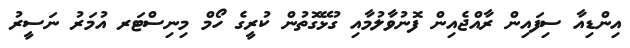
އިންޑިއާ ސިފައިން ރާއްޖެއިން ފޮނުވާލުމާއި ގުޅޭގޮތުން ކުރީގެ ހޯމް މިނިސްޓަރ އުމަރު ނަސީރު